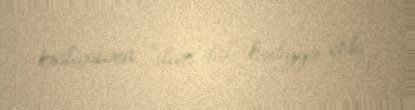
kraliçasına "ilan dili" hədiyyə etdi.